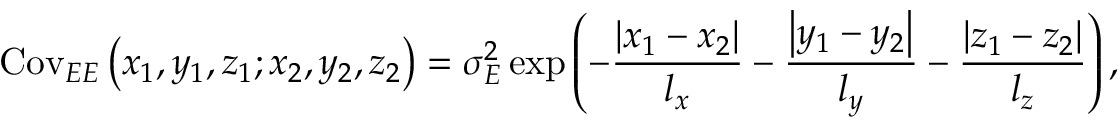
\mathrm { C o v } _ { E E } \left( x _ { 1 } , y _ { 1 } , z _ { 1 } ; x _ { 2 } , y _ { 2 } , z _ { 2 } \right) = \sigma _ { E } ^ { 2 } \exp \left( { - \frac { { \left| x _ { 1 } - x _ { 2 } \right| } } { l _ { x } } - \frac { { \left| y _ { 1 } - y _ { 2 } \right| } } { l _ { y } } - \frac { { \left| z _ { 1 } - z _ { 2 } \right| } } { l _ { z } } } \right) ,